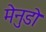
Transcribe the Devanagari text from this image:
मेनुडो